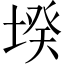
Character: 𡎝